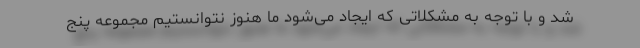
شد و با توجه به مشکلاتی که ایجاد می‌شود ما هنوز نتوانستیم مجموعه پنج